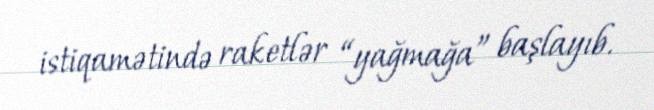
istiqamətində raketlər “yağmağa” başlayıb.